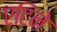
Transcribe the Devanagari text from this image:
एटिने